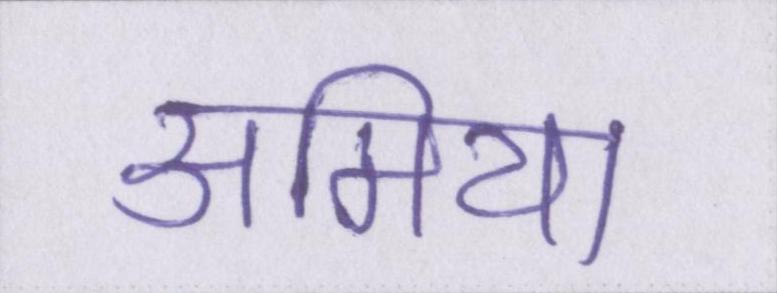
अमिया